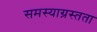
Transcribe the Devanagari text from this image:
समस्याग्रस्तता